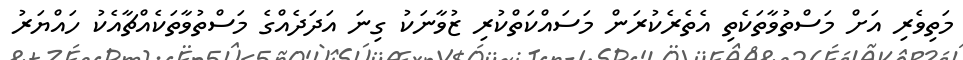
މަތިވެރި އަށް މަސްތުވާތަކެތި އެތެރެކުރަން މަސައްކަތްކުރި ޒުވާނަކު ގިނަ އަދަދެއްގެ މަސްތުވާތަކެއްޗާއެކު ހައްޔަރު